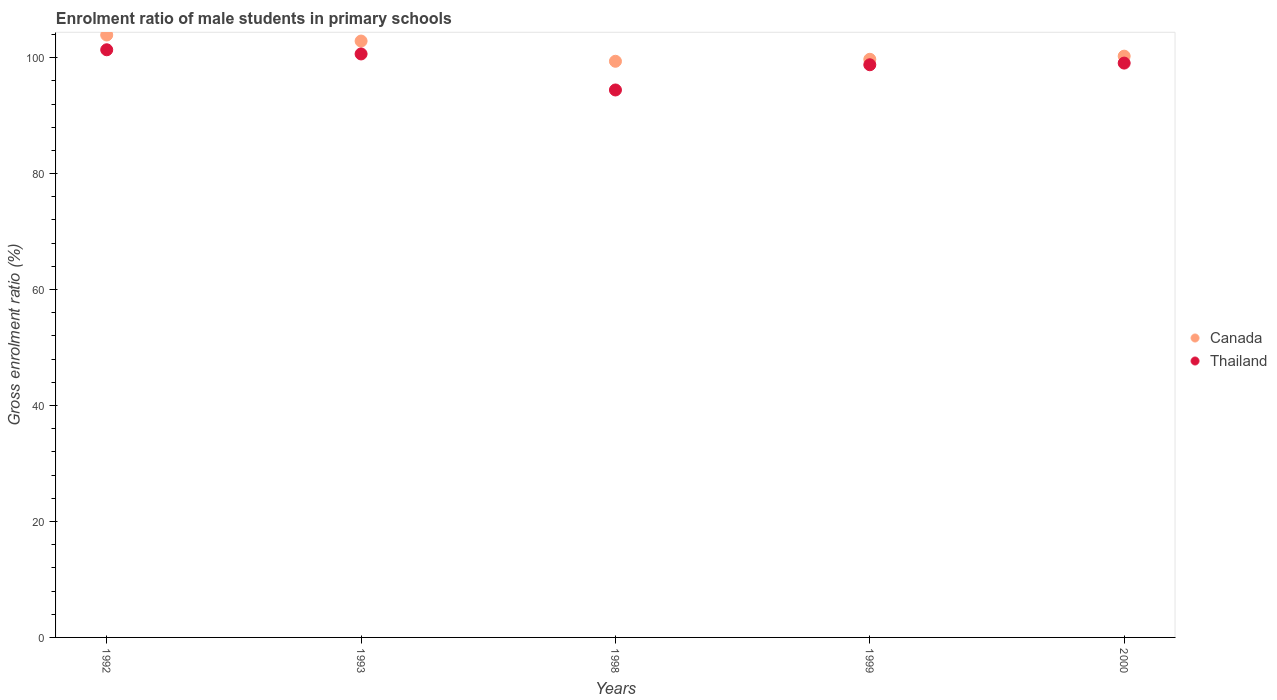
| Years | Canada | Thailand |
 | --- | --- | --- |
 | 1992 | 104 | 101 |
 | 1993 | 103 | 101 |
 | 1998 | 99.4 | 94.4 |
 | 1999 | 99.7 | 98.8 |
 | 2000 | 100 | 99.1 |